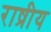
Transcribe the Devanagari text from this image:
राष्रीय